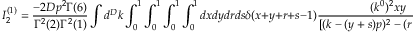
I _ { 2 } ^ { ( 1 ) } = \frac { - 2 D p ^ { 2 } \Gamma ( 6 ) } { \Gamma ^ { 2 } ( 2 ) \Gamma ^ { 2 } ( 1 ) } \int d ^ { D } k \int _ { 0 } ^ { 1 } \int _ { 0 } ^ { 1 } \int _ { 0 } ^ { 1 } \int _ { 0 } ^ { 1 } d x d y d r d s \delta ( x + y + r + s - 1 ) \frac { ( k ^ { 0 } ) ^ { 2 } x y } { [ ( k - ( y + s ) p ) ^ { 2 } - ( r + s ) m _ { f } ^ { 2 } ] ^ { 6 } } \, .